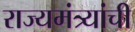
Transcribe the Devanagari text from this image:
राज्यमंत्र्यांची